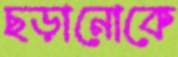
ছড়ানোকে